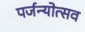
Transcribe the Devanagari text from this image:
पर्जन्योत्सव